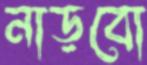
নাড়বো